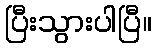
ပြီးသွားပါပြီ။